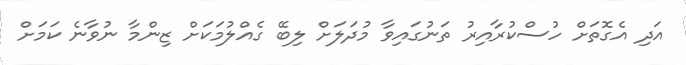
އަދި އެގޮތަށް ހުސްކުރާއިރު ތަނުގައިވާ މުދަލަށް ލިބޭ ގެއްލުމަކަށް ޒިންމާ ނުވާނެ ކަމަށް